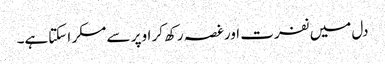
دل میں نفرت اورغصہ رکھ کر اوپر سے مسکر اسکتاہے۔